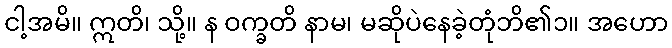
ငါ့အမိ။ ဣတိ၊ သို့။ န ဝက္ခတိ နာမ၊ မဆိုပဲနေခဲ့တုံဘိ၏၁။ အဟော